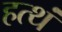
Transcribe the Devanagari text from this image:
हत्थं